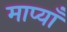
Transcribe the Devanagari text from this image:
माप्याँ